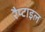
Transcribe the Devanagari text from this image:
रैप्टाइल